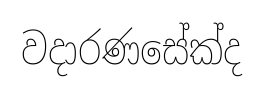
වදාරණසේක්ද